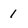
Character: 1